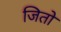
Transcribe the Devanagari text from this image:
जितो